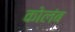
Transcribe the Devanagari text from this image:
कोलंब